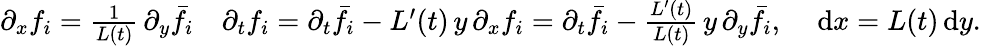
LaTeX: \begin{array}{r}{\partial_{x}f_{i}=\frac{1}{L(t)}\, \partial_{y}\bar{f}_{i}\quad\partial_{t}f_{i}=\partial_{t}\bar{f}_{i}-L^{\prime}(t)\, y\, \partial_{x}f_{i}=\partial_{t}\bar{f}_{i}-\frac{L^{\prime}(t)}{L(t)}\, y\, \partial_{y}\bar{f}_{i},\quad\, \textup{d}x=L(t)\, \textup{d}y.}\end{array}